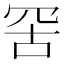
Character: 𦊙